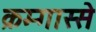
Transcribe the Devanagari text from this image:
क्रम्गास्से